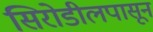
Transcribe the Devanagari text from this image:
सिरोडीलपासून